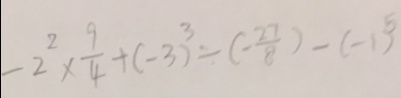
- 2 ^ { 2 } \times \frac { 9 } { 4 } + ( - 3 ) ^ { 3 } \div ( - \frac { 2 7 } { 8 } ) - ( - 1 ) ^ { 5 }